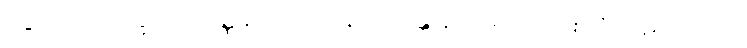
ဒွေဘာဂသိက္ခာပဒဝဏ္ဏနာ အာသနာရဟန္တိ နာမေသု ဘဏ္ဍိကံ ပဋိဟတော